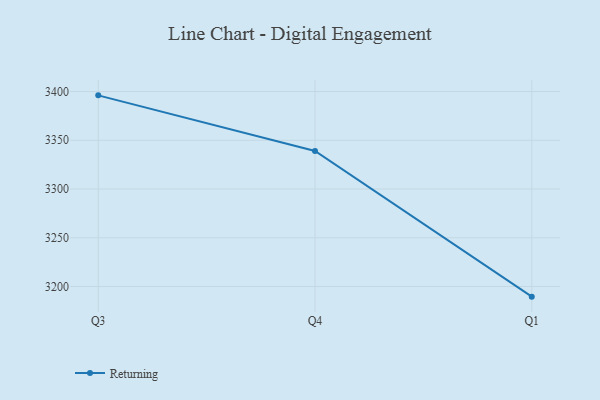
{"axis": {"x": "Quarter", "y": "Website Visitors"}, "legend": ["Returning"], "data": [{"x": "Q3", "y": 3396.1, "type": "Returning"}, {"x": "Q4", "y": 3339.1, "type": "Returning"}, {"x": "Q1", "y": 3189.6, "type": "Returning"}]}